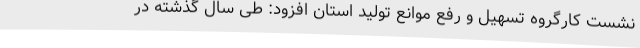
نشست کارگروه تسهیل و رفع موانع تولید استان افزود: طی سال گذشته در